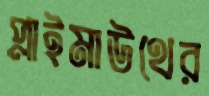
প্লাইমাউথের